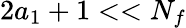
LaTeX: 2a_{1}+1<<N_{f}